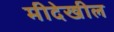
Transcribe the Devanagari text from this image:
मीदेखील